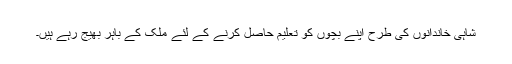
شاہی خاندانوں کی طرح اپنے بچوں کو تعلیم حاصل کرنے کے لئے ملک کے باہر بھیج رہے ہیں۔